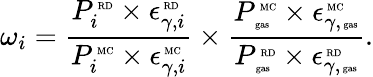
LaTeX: \omega_{i}=\frac{{P_{i}^{\mathrm{\tiny~RD}}\times\epsilon_{\gamma,i}^{\mathrm{\tiny~RD}}}}{{P_{i}^{\mathrm{\tiny~MC}}\times\epsilon_{\gamma,i}^{\mathrm{\tiny~MC}}}}\times\frac{{P_{\mathrm{\tiny~gas}}^{\mathrm{\tiny~MC}}\times\epsilon_{\gamma,\mathrm{\tiny~gas}}^{\mathrm{\tiny~MC}}}}{{P_{\mathrm{\tiny~gas}}^{\mathrm{\tiny~RD}}\times\epsilon_{\gamma,\mathrm{\tiny~gas}}^{\mathrm{\tiny~RD}}}}.